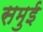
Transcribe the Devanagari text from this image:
समुई